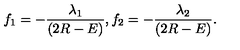
f _ { 1 } = - \frac { \lambda _ { 1 } } { ( 2 R - E ) } , f _ { 2 } = - \frac { \lambda _ { 2 } } { ( 2 R - E ) } .